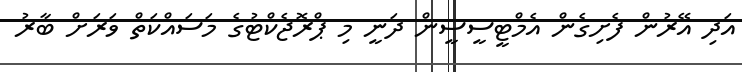
އަދި އޭރުން ފެށިގެން އެމްޓީސީސީން ދަނީ މި ޕްރޮޖެކްޓުގެ މަސައްކަތް ވަރަށް ބާރު